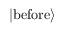
| { \mathrm { b e f o r e } } \rangle